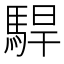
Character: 駻